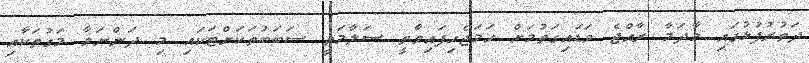
ދަތުރުފުޅުގައި މާދަމާ ރާއްޖެ ވަޑައިގަތުމަށް ހަމަޖެހިފައިވާތީ ސަލާމަތީ ސަބަބުތަކަށްޓަކައި މި ދަންނަވާ މަގުތަކާއި